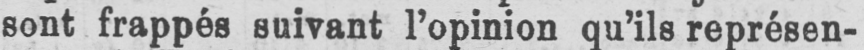
sont frappés suivant l’opinion qu’ils représen-